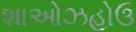
શાઓઝહોઉ